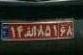
۱۴ا۸۵۱۶۸